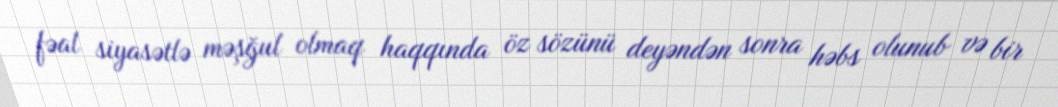
fəal siyasətlə məşğul olmaq haqqında öz sözünü deyəndən sonra həbs olunub və bir